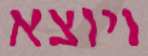
ויוצא